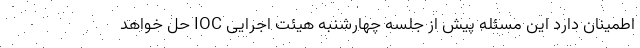
اطمینان دارد این مسئله پیش از جلسه چهارشنبه هیئت اجرایی IOC حل خواهد